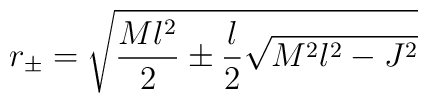
r_\pm=\sqrt{\frac{Ml^2}{2}\pm\frac{l}{2}\sqrt{M^2 l^2-J^2}}